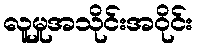
လူမှုအသိုင်းအဝိုင်း